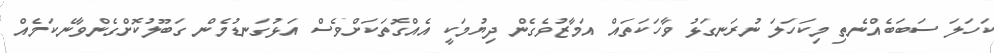
ކަހަލަ ސަބަބެއްނެތި މިކަހަލަ ނުރަނގަޅު ވާހަކަތައް އަމާޒުވެގެން ދިޔުމަކީ އެއްގޮތަކަށްވެސް އަޅުގަނޑުމެން ގަބޫލުކޮށްގެންވާނެކަމެއް